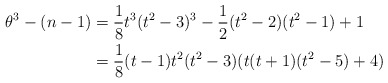
\begin{align*}\theta^3-(n-1)&=\frac{1}{8}t^3(t^2-3)^3-\frac{1}{2}(t^2-2)(t^2-1)+1\\&=\frac{1}{8}(t-1) t^2 (t^2-3) (t (t+1) (t^2-5)+4)\end{align*}